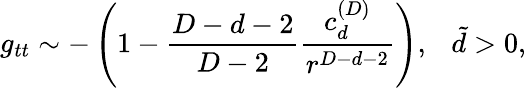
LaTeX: g_{tt}\sim-\left(1-{\frac{D-d-2}{D-2}}{\frac{c_{d}^{(D)}}{r^{D-d-2}}}\right),\ \ \ \tilde{d}>0,